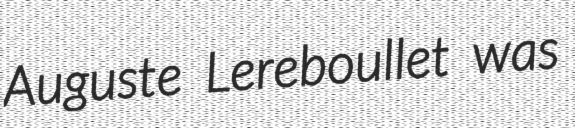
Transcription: Auguste Lereboullet was